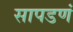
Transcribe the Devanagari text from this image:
सापडणं